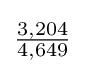
{\tfrac {3,204}{4,649}}